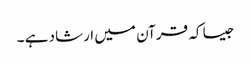
جیسا کہ قرآن میں ارشاد ہے ۔